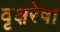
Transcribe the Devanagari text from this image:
वृक्षरेषा